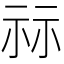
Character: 祘